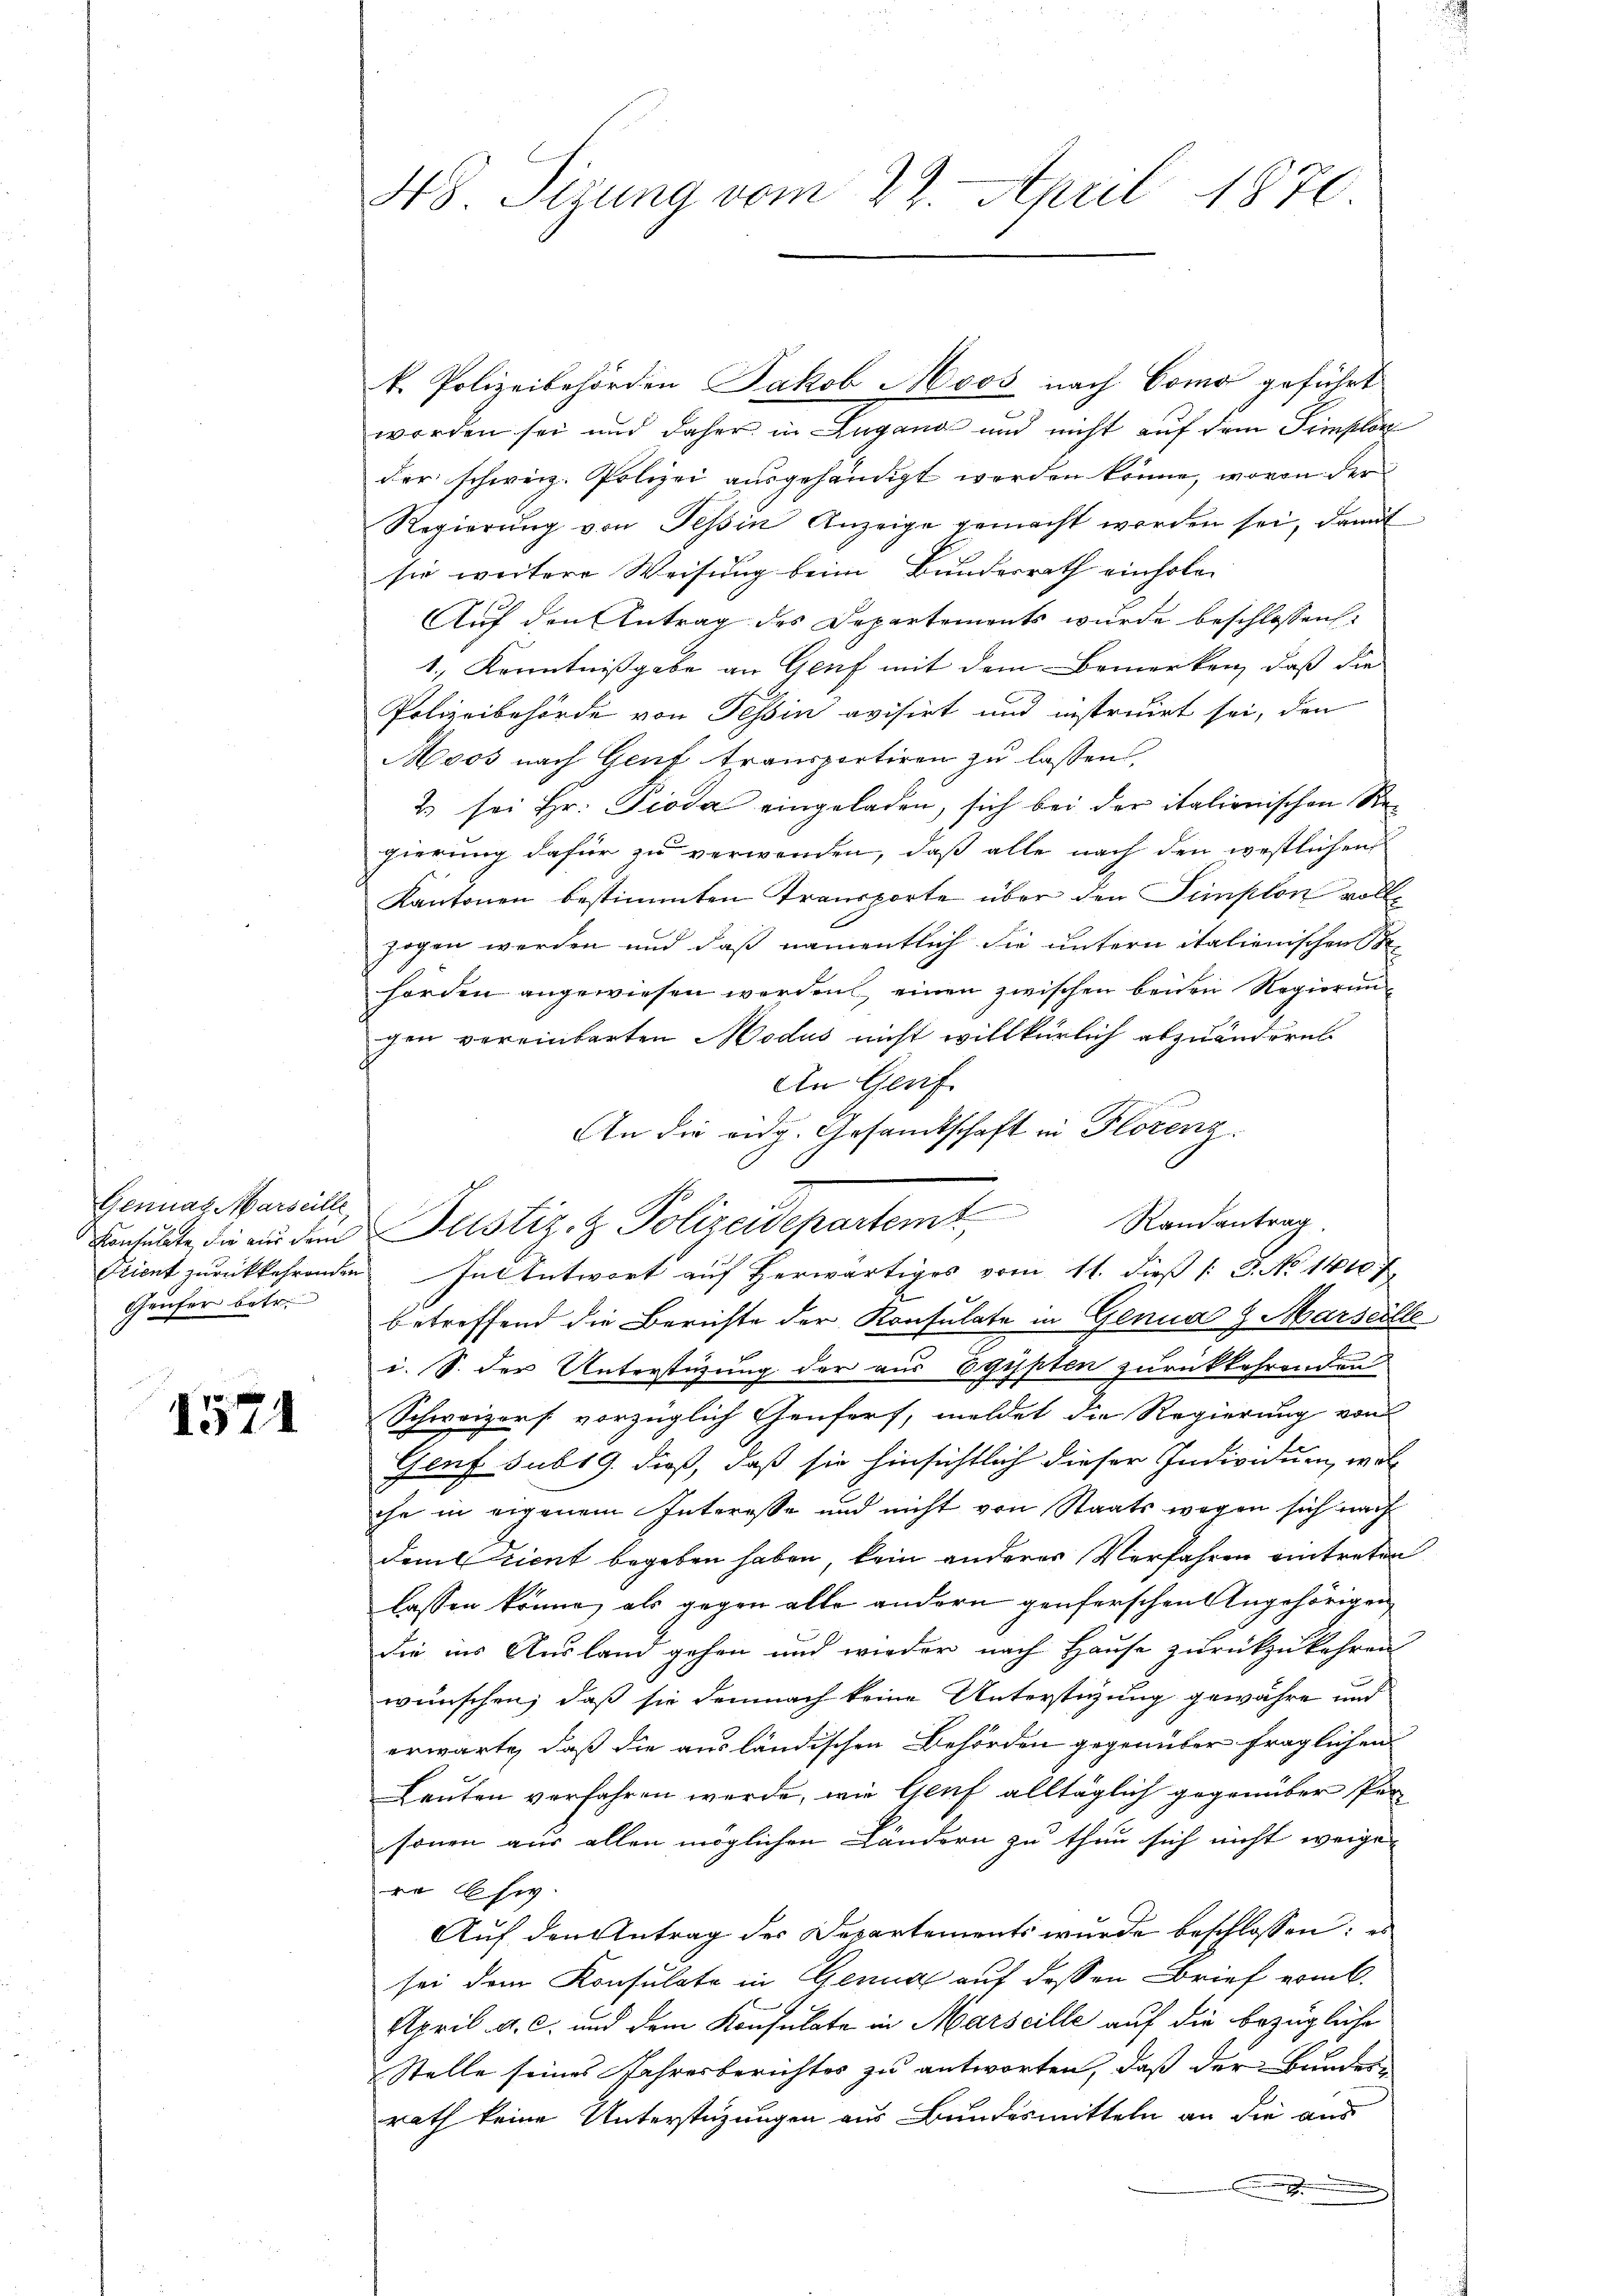
Genual Marseille,
Geufer betr.

1571

48. Sizung vom 29. April 1870.

worden sei und daher in Lugang und nicht auf dem Simplon
der schweiz. Polizei ausgehändigt werden könne, wovon der
Regierung von Tessin Anzeige gemacht worden sei, damit
sie weitere Weisung beim Bundesrath einholen
Auf den Antrag des Departements wurde beschlossen:
1, Kenntnißgabe an Genf mit dem Bemerken, daß die
Polizeibehörde von Tessin avisirt und instruirt sei, den
Moos nach Genf transportiren zu lassen.
2 sei Hr. Pioda eingeladen, sich bei der italienischen Regierung dafür zu verwenden, daß alle nach den westlichen
Kantonen bestimmten Transporte über den Simplon vollzogen werden und daß namentlich die untern italienischen Stre
hörden angewiesen werden, einen zwischen beiden Regierungen vereinbarten Modus nicht willkürlich abzuändern.
An Gerif
An die eidg. Gesamtschaft in Florenz
nsacte die aus den Justiz- & Polizeidepartem Randantrag.
Scient zurückkehrenden In Antwort auf herwärtiges vom 11. dieß (3. No 1410. 7
betreffend die Berichte der Konsulate in Genua 7 Marseille
i. S. der Unterstüzung der aus Egypten zurückkehrenden
Schweizorf vorzüglich Genforf, meldet die Regierung von
Genf subr 9. dieß, daß sie hinsichtlich dieser Individuen, woll
che in eigenem Interesse und nicht von Staats wegen sich nach
damerient begeben haben, kein anderer Verfahren eintreten
lassen könne, als gegen alle andern genferschen Angehörigen
die ins Ausland gehen und wieder nach Hause zurückzukehren
wünschen; daß sie demnach keine Unterstüzung gewähre und
erwärte, daß die ausländischen Behörden gegenüber fraglichen
Leuten verfahren werde, wie Genf alltäglich gegenüber Personen aus allen möglichen Ländern zu thun sich nicht weige
ro Ew.
Auf den Antrag der Departements wurde beschlossen: es
sei dem Konsulate in Genug auf dessen Brief erint.
1
April a. c. und dem Konsulate in Marseille auf die bezügliche
Stelle seines Jahresberichtes zu antworten, daß der Bundes-
rath keine Unterstüzungen aus Bundesmitteln an die aus

k. Polizeibehörden Jakob Moos nach Como geführt